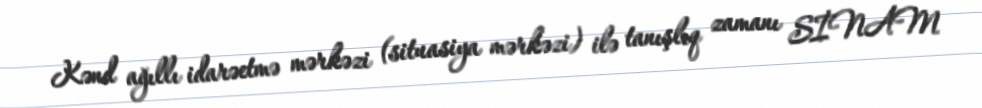
Kənd ağıllı idarəetmə mərkəzi (situasiya mərkəzi) ilə tanışlıq zamanı SİNAM